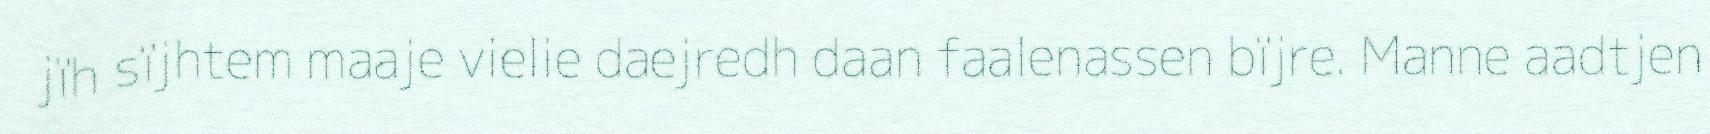
jïh sïjhtem maaje vielie daejredh daan faalenassen bïjre. Manne aadtjen